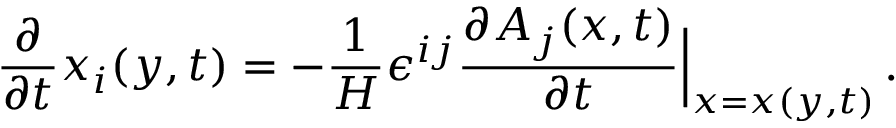
\frac { \partial } { \partial { t } } x _ { i } ( y , t ) = - \frac { 1 } { H } \epsilon ^ { i j } \frac { \partial A _ { j } ( x , t ) } { \partial { t } } \Big | _ { x = x ( y , t ) } \, .